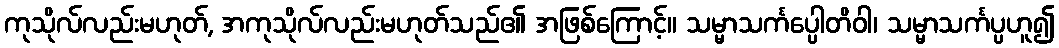
ကုသိုလ်လည်းမဟုတ်, အကုသိုလ်လည်းမဟုတ်သည်၏ အဖြစ်ကြောင့်။ သမ္မာသင်္ကပ္ပေါတိဝါ၊ သမ္မာသင်္ကပ္ပဟူ၍